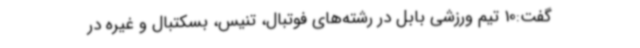
گفت:10 تیم ورزشی بابل در رشته‌های فوتبال، تنیس، بسکتبال و غیره در